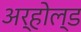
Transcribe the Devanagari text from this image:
अर्होल्ड